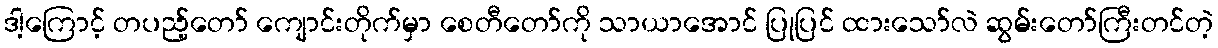
ဒါ့ကြောင့် တပည့်တော် ကျောင်းတိုက်မှာ စေတီတော်ကို သာယာအောင် ပြုပြင် ထားသော်လဲ ဆွမ်းတော်ကြီးတင်တဲ့